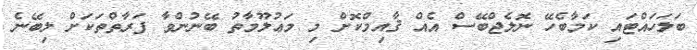
ބަލަހައްޓައި ކަމާބެހޭ ނޮލެޖްބޭސް އެއް ޤާއިމްކޮށް މި މަޢުލޫމާތު ބޭނުންވާ ފަރާތްތަކަށް ލިބޭނެ